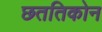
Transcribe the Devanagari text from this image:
छततिकोन